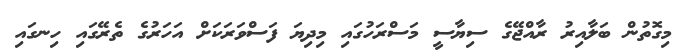
މިގޮތުން ބަލާއިރު ރާއްޖޭގެ ސިޔާސީ މަސްރަހުގައި މިދިޔަ ފަސްވަރަކަށް އަހަރުގެ ތެރޭގައި ހިނގައި